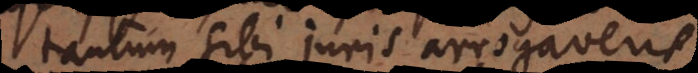
tantum sibi juris arrogaverit,